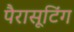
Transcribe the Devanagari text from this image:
पैरासूटिंग